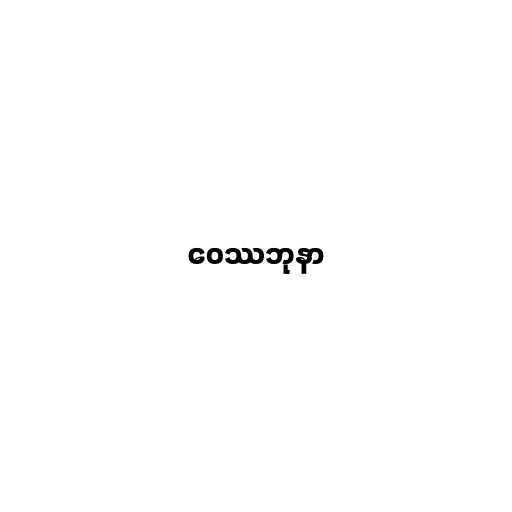
ဝေဿဘုနာ